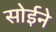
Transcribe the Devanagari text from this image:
सोईने